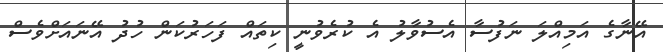
އޭނާގެ އަމިއްލަ ނަފުސާ އެސުވާލު އެ ކުރެވުނީ ކިތައް ފަހަރުކަން ހުދު އޭނައަށްވެސް